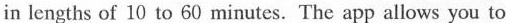
in lengths oi 10 to 60 minutes.The app allows you to